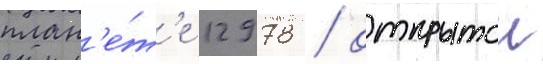
план'е́т'е 12978 / открытои